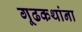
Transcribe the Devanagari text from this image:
गूढकथांना